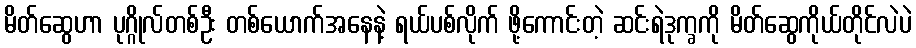
မိတ်ဆွေဟာ ပုဂ္ဂိုလ်တစ်ဦး တစ်ယောက်အနေနဲ့ ရယ်ပစ်လိုက် ဖို့ကောင်းတဲ့ ဆင်းရဲဒုက္ခကို မိတ်ဆွေကိုယ်တိုင်လဲပဲ